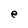
Character: e